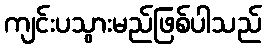
ကျင်းပသွားမည်ဖြစ်ပါသည်